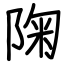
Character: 陱